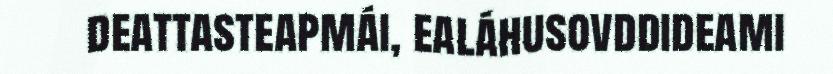
deattasteapmái, ealáhusovddideami